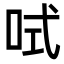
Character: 𠲧